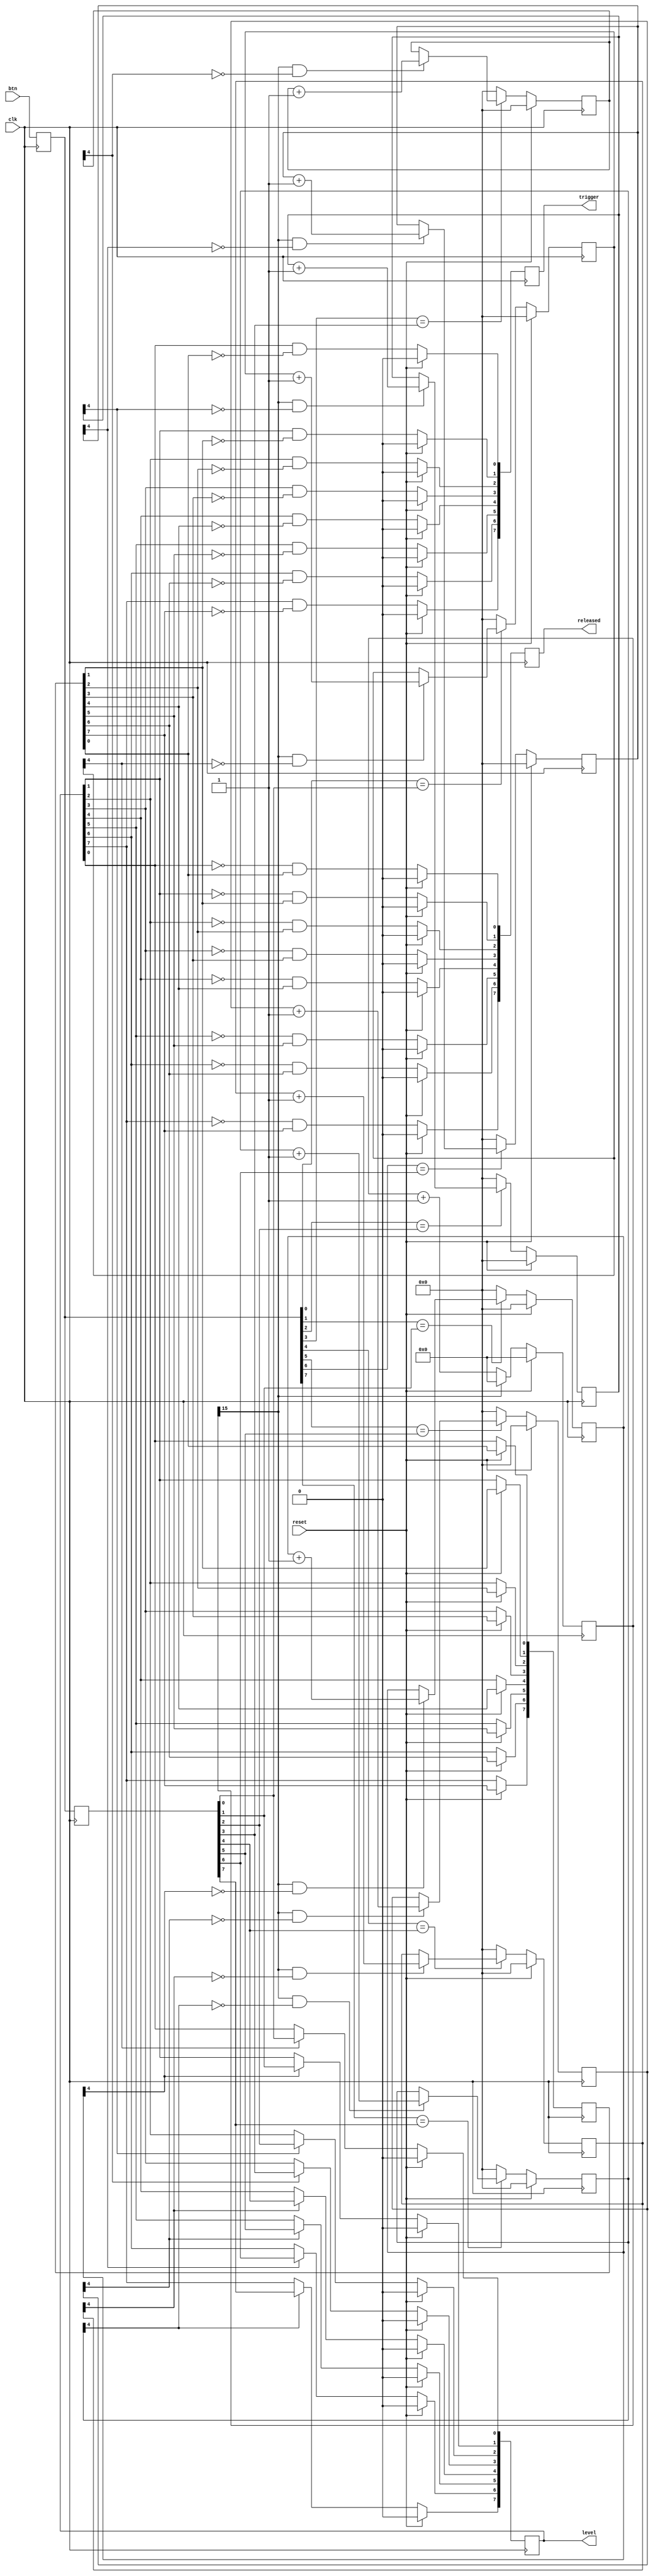
module debouncer #(
    parameter integer BTN_COUNT = 8
) (
    input clk,
    input reset,

    input [BTN_COUNT - 1:0] btn,

    output reg [BTN_COUNT - 1:0] level,
    output reg [BTN_COUNT - 1:0] trigger,
    output reg [BTN_COUNT - 1:0] released
);
    localparam BTN_WIDTH = BTN_COUNT - 1;

    reg [BTN_WIDTH:0] btn_r [0:1];

    reg [15:0] debounce_counter_common;
    wire debounce_counter_common_tick = debounce_counter_common[15];

    reg [4:0] debounce_counter_button [0:BTN_WIDTH];

    always @(posedge clk) begin
        btn_r[1] <= btn_r[0];
        btn_r[0] <= btn;
    end

    reg [BTN_WIDTH:0] level_r;

    always @(posedge clk) begin
        if (reset) begin
            level <= 0;
            trigger <= 0;
            released <= 0;
        end else begin
            for (i = 0; i < BTN_COUNT; i = i + 1) begin
                if (debounce_counter_button[i][4]) begin
                    level[i] <= btn_r[1][i];
                end

                trigger[i] <= level[i] & ~level_r[i];
                released[i] <= ~level[i] & level_r[i];
                level_r[i] <= level[i];
            end
        end
    end

    always @(posedge clk) begin
        if (reset) begin
            debounce_counter_common <= 0;
        end else begin
            debounce_counter_common <= (debounce_counter_common_tick ? 0 : debounce_counter_common + 1);
        end
    end

    always @(posedge clk) begin
        if (reset) begin
            for (i = 0; i < BTN_COUNT; i = i + 1) begin
                debounce_counter_button[i] <= 0;
            end
        end else begin
            for (i = 0; i < BTN_COUNT; i = i + 1) begin
                if ((btn_r[0][i] == btn_r[1][i])) begin
                    if (debounce_counter_common_tick && !debounce_counter_button[i][4]) begin
                        debounce_counter_button[i] <= debounce_counter_button[i] + 1;
                    end
                end else begin
                    debounce_counter_button[i] <= 0;
                end
            end
        end
    end

    integer i;

endmodule